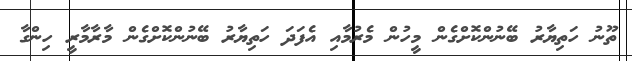
ތޫނު ހަތިޔާރު ބޭނުންކޮށްގެން މީހުން މެރުމާއި އެފަދަ ހަތިޔާރު ބޭނުންކޮށްގެން މާރާމާރީ ހިންގާ